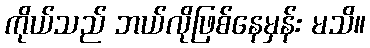
ကိုယ်သည် ဘယ်လိုဖြစ်နေမှန်း မသိ။